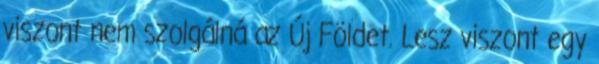
viszont nem szolgálná az Új Földet. Lesz viszont egy